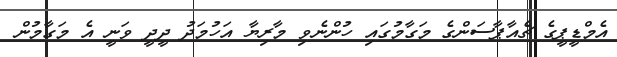
އެމްޑީޕީގެ ޗެއާޕާސަންގެ މަގާމުގައި ހުންނެވި މާރިޔާ އަހުމަދު ދީދީ ވަނީ އެ މަގާމުން